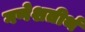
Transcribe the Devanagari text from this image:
गणेशतीर्थ